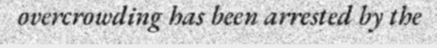
overcrowding has been arrested by the